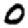
Digit: 0